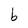
Character: b